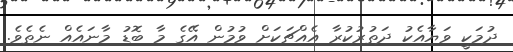
ދުމަކީ ވަޔާއެކު ދަތުރުކުރާ އެއްޗަކަށް ވުމުން އޭގެ މާ ބޮޑު މާނައެއް ނެތެވެ.